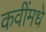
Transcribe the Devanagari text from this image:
कवींमधे